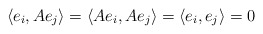
\begin{align*}\langle e_{i}, Ae_{j} \rangle = \langle Ae_{i}, Ae_{j} \rangle = \langle e_{i}, e_{j} \rangle = 0\end{align*}